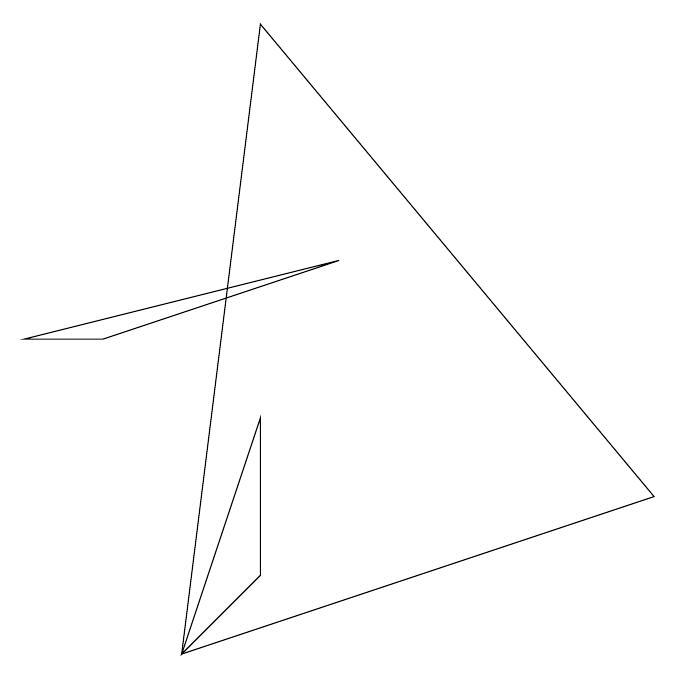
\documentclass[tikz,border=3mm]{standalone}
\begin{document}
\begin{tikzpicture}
\draw (4,9) -- (3,1) -- (9,3) -- cycle;
\draw (3,1) -- (4,4) -- (4,2) -- cycle;
\draw (5,6) -- (1,5) -- (2,5) -- cycle;
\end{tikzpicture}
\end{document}